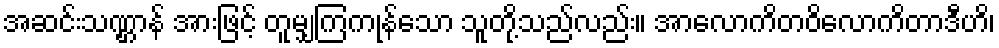
အဆင်းသဏ္ဌာန် အားဖြင့် တူမျှကြကုန်သော သူတို့သည်လည်း။ အာလောကိတဝိလောကိတာဒီဟိ၊